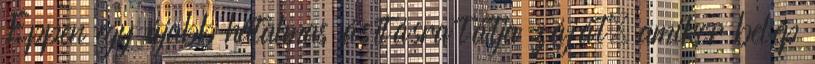
Éppen egy újabb hatalmas ásításra tátja záját, amikor belép